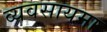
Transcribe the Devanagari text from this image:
व्यवसायमा